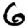
Digit: 6